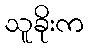
သူခိုးက